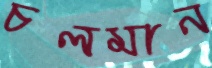
চলমান